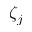
\zeta _ { j }